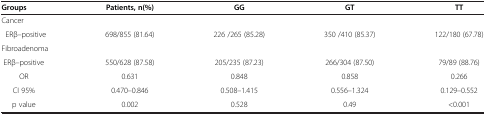
| Groups | Patients, n(%) | GG | GT | TT |
 | --- | --- | --- | --- | --- |
 | <COLSPAN=5> Cancer |
 | ERβ–positive | 698/855 (81.64) | 226 /265 (85.28) | 350 /410 (85.37) | 122/180 (67.78) |
 | <COLSPAN=5> Fibroadenoma |
 | ERβ–positive | 550/628 (87.58) | 205/235 (87.23) | 266/304 (87.50) | 79/89 (88.76) |
 | OR | 0.631 | 0.848 | 0.858 | 0.266 |
 | CI 95% | 0.470–0.846 | 0.508–1.415 | 0.556–1.324 | 0.129–0.552 |
 | p value | 0.002 | 0.528 | 0.49 | <0.001 |